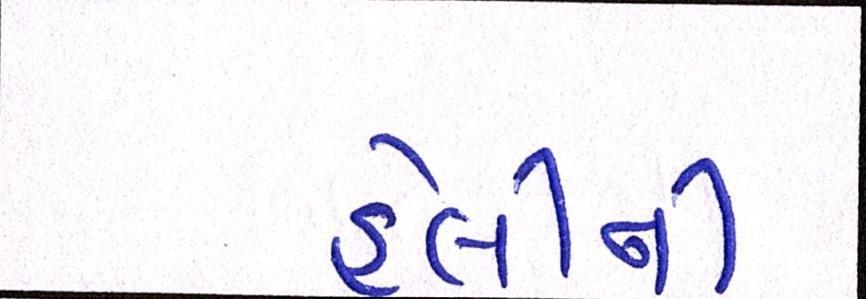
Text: હેલીની